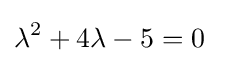
\lambda ^{2}+4\lambda -5=0~